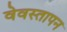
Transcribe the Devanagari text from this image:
वेवस्तापन